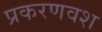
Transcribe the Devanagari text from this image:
प्रकरणवश